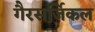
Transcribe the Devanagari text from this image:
गैरसर्जिकल